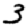
Digit: 3